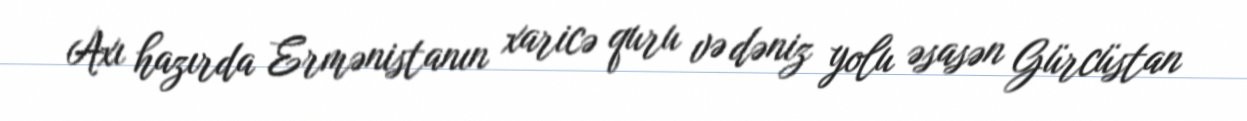
Axı hazırda Ermənistanın xaricə quru və dəniz yolu əsasən Gürcüstan